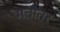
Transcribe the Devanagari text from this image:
मतोतर